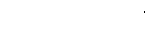
တစ်ယောက်ဖြစ်ပြီး